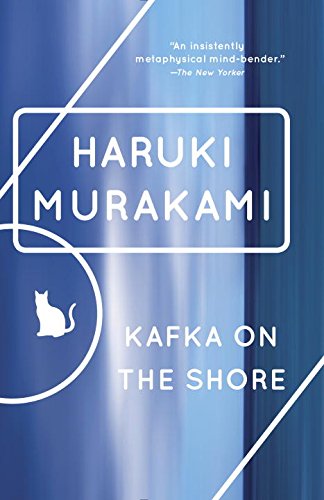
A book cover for Kafka on the Shore; Haruki Murakami; Science Fiction & Fantasy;